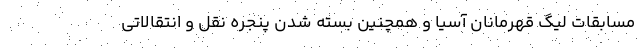
مسابقات لیگ قهرمانان آسیا و همچنین بسته شدن پنجره نقل و انتقالاتی